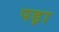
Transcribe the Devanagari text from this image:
पड़़ा